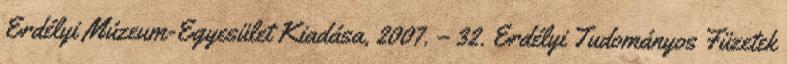
Erdélyi Múzeum-Egyesület Kiadása, 2007. – 32. Erdélyi Tudományos Füzetek